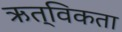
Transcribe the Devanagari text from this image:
ऋत्विकता